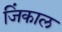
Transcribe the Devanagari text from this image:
जिंकाल